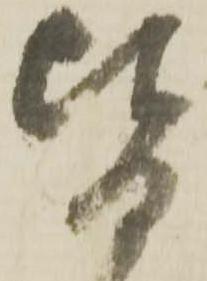
皆